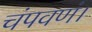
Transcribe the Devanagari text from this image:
चंपवणं।